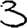
Digit: 3